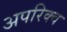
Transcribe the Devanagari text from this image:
अपरिक्व